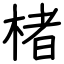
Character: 楮